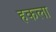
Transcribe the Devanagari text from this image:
हकला